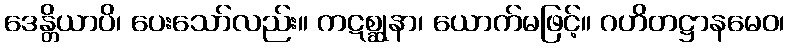
ဒေန္တိယာပိ၊ ပေးသော်လည်း။ ကဋစ္ဆုနာ၊ ယောက်မဖြင့်။ ဂဟိတဋ္ဌာနမေဝ၊